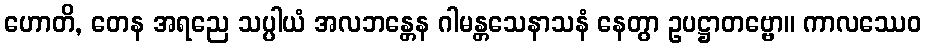
ဟောတိ, တေန အရညေ သပ္ပါယံ အလဘန္တေန ဂါမန္တသေနာသနံ နေတွာ ဥပဋ္ဌာတဗ္ဗော။ ကာလဿေဝ